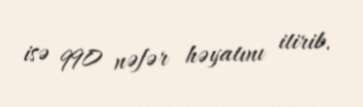
isə 990 nəfər həyatını itirib.